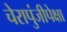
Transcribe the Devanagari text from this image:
चेरापुंजीपेक्षा